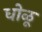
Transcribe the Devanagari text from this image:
धोळू